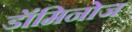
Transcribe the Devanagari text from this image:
डॉमिनोज